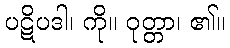
ပဋိပဒါ၊ ကို။ ဝုတ္တာ၊ ၏။